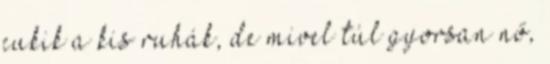
cukik a kis ruhák, de mivel túl gyorsan nő,